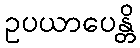
ဥပယာပေန္တိ